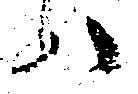
ハ